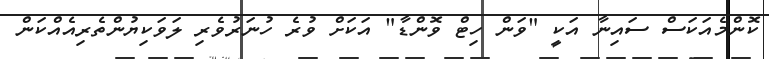
ކޮންމެއަކަސް ސައިނާ އަކީ "ވަން ހިޓް ވޮންޑާ" އަކަށް ވުރެ ހުނަރުވެރި ލަވަކިޔުންތެރިއެއްކަން